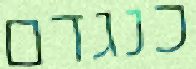
כנגדם